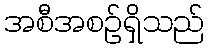
အစီအစဉ်ရှိသည်